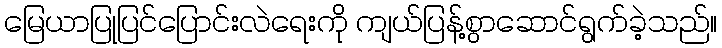
မြေယာပြုပြင်ပြောင်းလဲရေးကို ကျယ်ပြန့်စွာဆောင်ရွက်ခဲ့သည်။